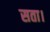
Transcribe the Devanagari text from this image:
सता।